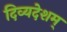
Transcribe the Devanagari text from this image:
दिव्यदेशम्